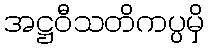
အဋ္ဌဝီသတိကပ္ပမှိ